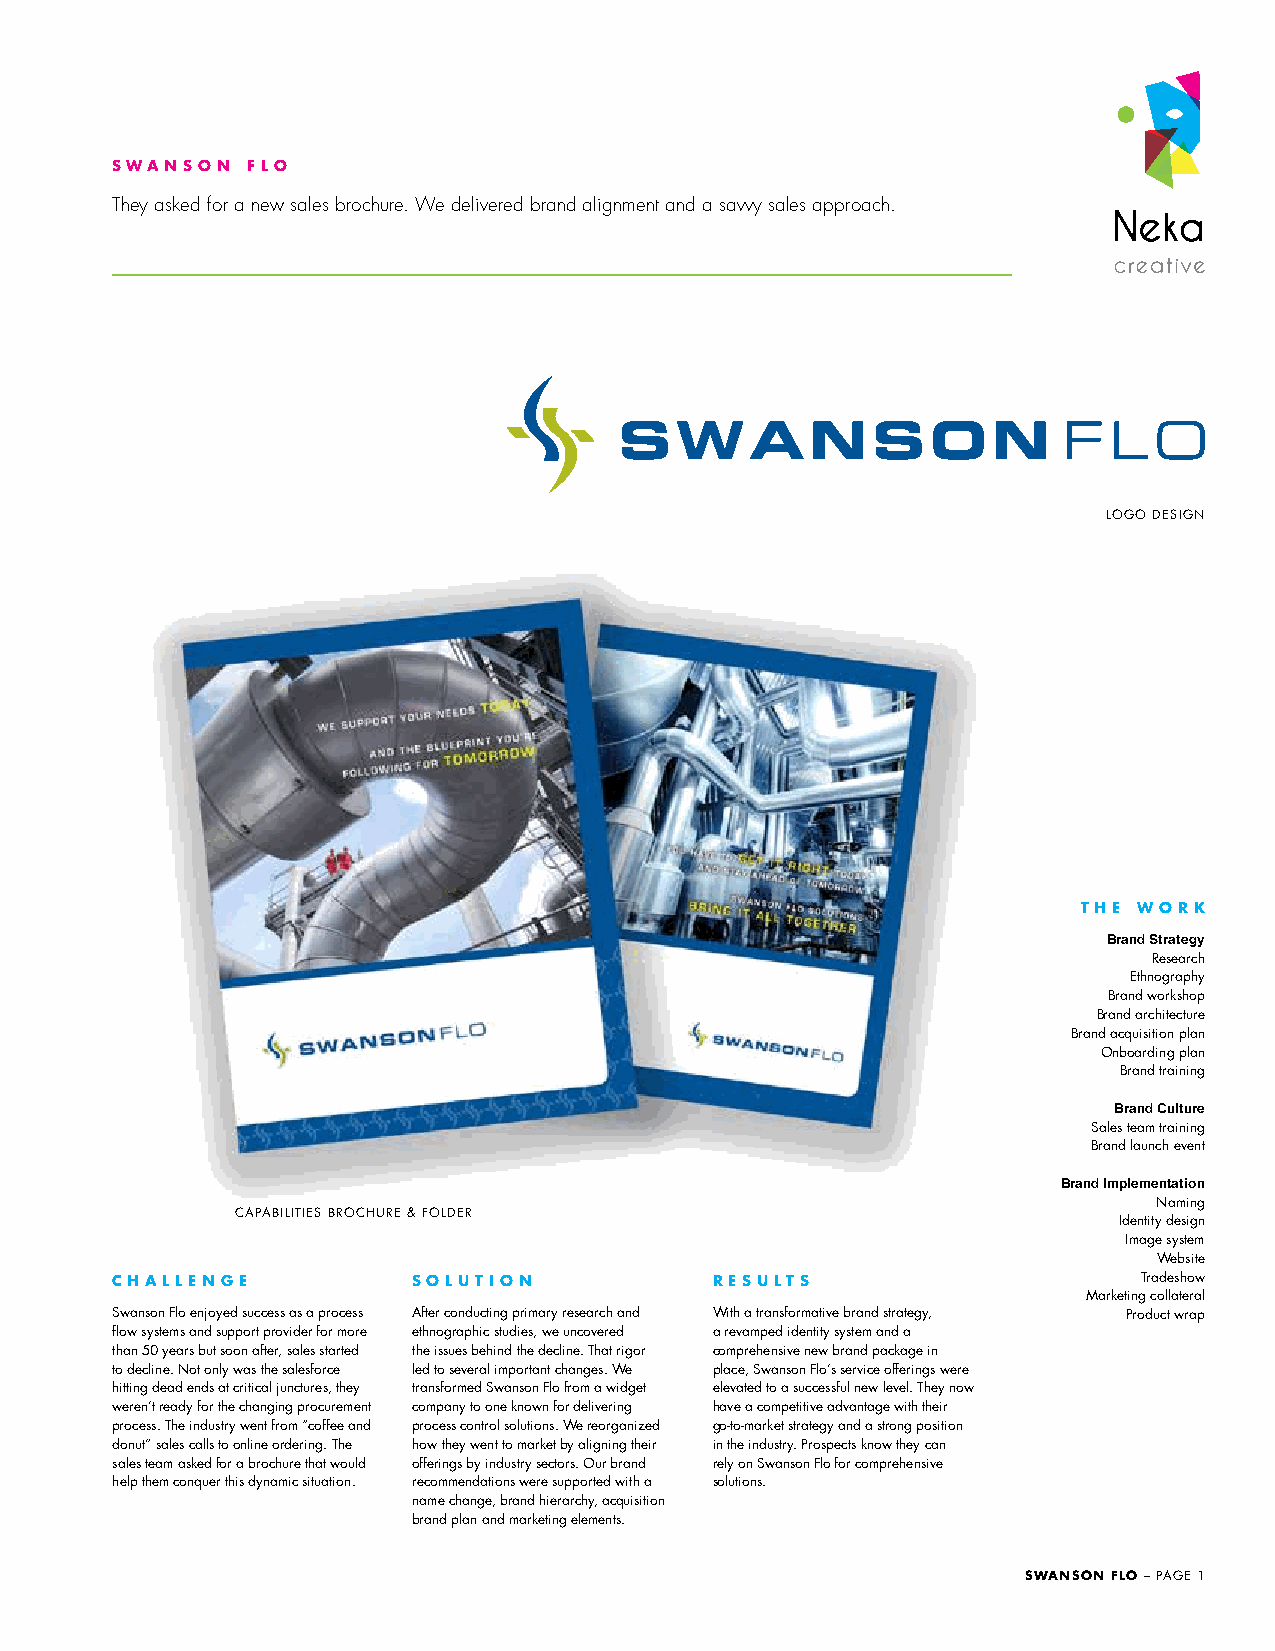
SWANSON  FLO
 They asked for a new sales brochure. We delivered brand alignment and a savvy sales approach.
 LOGO DESIGN
 THE WORK
 Brand Strategy
 Research
 Ethnography
 Brand workshop
 Brand architecture
 Brand acquisition plan
 Onboarding plan
 Brand training
 Brand Culture
 Sales team training
 Brand launch event
 Brand Implementation
 Naming
 CAPABILITIES BROCHURE & FOLDER
 Identity design
 Image system
 Website
 CHALLENGE           SOLUTION            RESULTS                      Tradeshow
 Marketing collateral
 Swanson Flo enjoyed success as a process After conducting primary research and With a transformative brand strategy, Product wrap
 flow systems and support provider for more ethnographic studies, we uncovered a revamped identity system and a
 than 50 years but soon after, sales started the issues behind the decline. That rigor comprehensive new brand package in
 to decline. Not only was the salesforce led to several important changes. We place, Swanson Flo’s service offerings were
 hitting dead ends at critical junctures, they transformed Swanson Flo from a widget elevated to a successful new level. They now
 weren’t ready for the changing procurement company to one known for delivering have a competitive advantage with their
 process. The industry went from “coffee and process control solutions. We reorganized go-to-market strategy and a strong position
 donut” sales calls to online ordering. The how they went to market by aligning their in the industry. Prospects know they can
 sales team asked for a brochure that would offerings by industry sectors. Our brand rely on Swanson Flo for comprehensive
 help them conquer this dynamic situation. recommendations were supported with a solutions.
 name change, brand hierarchy, acquisition
 brand plan and marketing elements.
 SWANSON FLO – PAGE 1